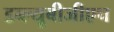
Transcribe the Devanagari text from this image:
डब्ल्यूबीजीएच